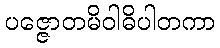
ပဇ္ဇောတမိဝါဓိပါတကာ